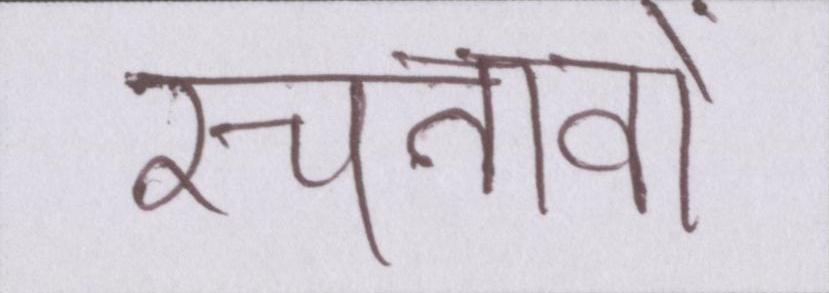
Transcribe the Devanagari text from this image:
रचनावों